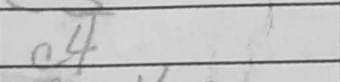
Transcription: c4